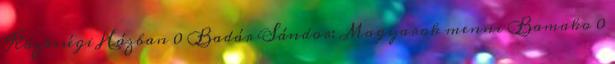
Közösségi Házban 0 Badár Sándor: Magyarok menni Bamako 0